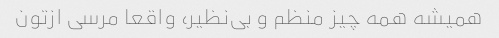
همیشه همه چیز منظم و بی‌نظیر، واقعا مرسی ازتون